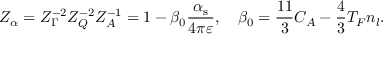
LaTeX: Z _ { \alpha } = Z _ { \Gamma } ^ { - 2 } Z _ { Q } ^ { - 2 } Z _ { A } ^ { - 1 } = 1 - \beta _ { 0 } \frac { \alpha _ { \mathrm { s } } } { 4 \pi \varepsilon } , \quad \beta _ { 0 } = \frac { 1 1 } { 3 } C _ { A } - \frac { 4 } { 3 } T _ { F } n _ { l } .